Annual report of the Bengal Veterinary College and of the Civil Veterinary Department, Bengal, for the year 1917-18 - 1917-1918
Year: 1917
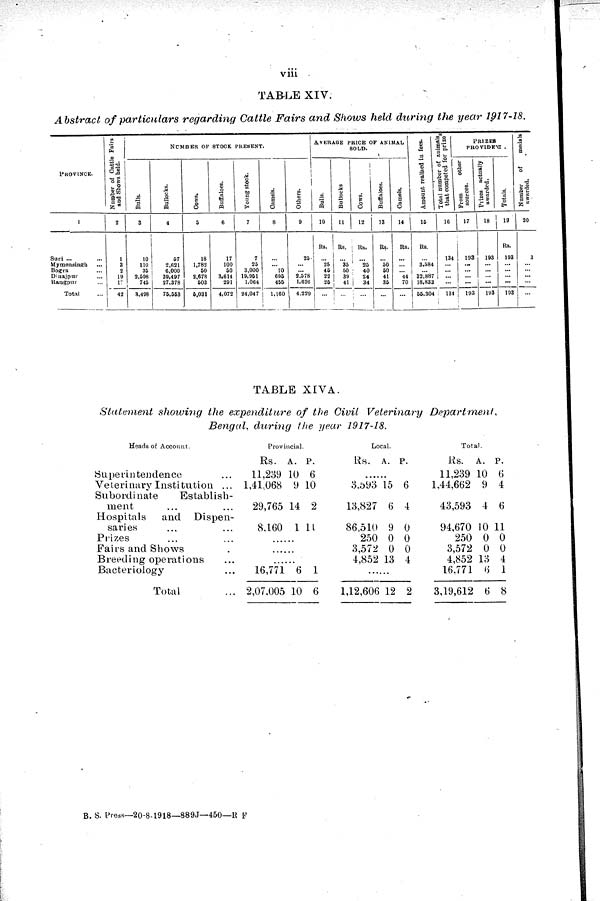
viii
TABLE
XIV.
Abstract
of particulars
regarding
Cattle
Fairs
and
Shows
held
during
the
year
1917-18.
PROVINCE.
1
Suri ... ...
Mymensingh ...
Bogra ...
Dinajpur ...
Rangpur ...
Total ...
Number of Cattle Fairs
and Shows held.
2
1
3
2
19
17
42
NUMBER OF STOCK PRESENT.
Bulls.
3
10
110
35
2,098
745
3,498
Bullocks.
4
57
2,621
6,000
39,497
27,378
75,553
Cows.
5
18
1,782
50
2,678
503
6,031
Buffaloes.
6
17
100
50
3,614
291
4,072
Young stock.
7
7
25
3,000
19,951
1,064
24,047
Camels.
8
...
... 10
695
455
1,160
Others.
9
25
...
...
2,578
1,626
4.229
AVERAGE PRICE OF ANIMAL
SOLD.
Bulls.
10
Rs.
...
25
45
22
25
...
Bullocks
11
Rs.
...
35
50
39
41
...
Cows.
12
Rs.
...
25
40
24
34
...
Buffaloes.
13
Rs.
...
50
50
41
35
...
Camels.
14
Rs.
...
...
... 44
70
...
Amount realised in fees.
15
Rs.
...
3.584
... 32,887
18,833
55,304
Total number of animals
that competed for prizes
16
134
...
...
...
...
131
PRIZES
PROVIDED.
From
other
sources.
17
193
...
...
...
...
193
Prizes actually
awarded.
18
193
...
...
... ...
193
Totals.
19
Rs.
193
...
...
...
...
193
Number
of
medals
awarded.
20
3
...
...
...
...
...
TABLE
XIVA.
Statement
showing
the
expenditure
of
the
Civil
Veterinary
Department,
Bengal,
during
the
year
1917-18.
Heads of Account.
Superintendence ...
Veterinary Institution
...
Subordinate
Establish-
ment ... ...
Hospitals
and
Dispen-
saries ... ...
Prizes ... ...
Fairs and Shows .
Breeding operations ...
Bacteriology ...
Total ...
Provincial.
Rs.
11,239
1,41,068
29,765
8,160
......
......
......
16,771
2,07,005
A.
10
9 1
14
1
6
10
P.
6
0
2
11
1
6
Local.
Rs.
......
3,593
13,827
86,510
250
3,572
4,852
......
1,12,606
A.
15
6
9
0
0
13
12
P.
6
4
0
0
0
4
2
Total.
Rs.
11,239
1,44,662
43,593
94,670
250
3,572
4,852
16,771
3,19,612
A.
10
9
4
10
0
0
13
6
6
P.
6
4
6
11
0
0
4
1
8
B. S. Press—20-8-1918—889J—450—R F